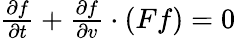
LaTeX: \begin{array}{r}{\frac{\partial f}{\partial t}+\frac{\partial f}{\partial v}\cdot(Ff)=0}\end{array}